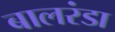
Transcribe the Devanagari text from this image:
बालरंडा